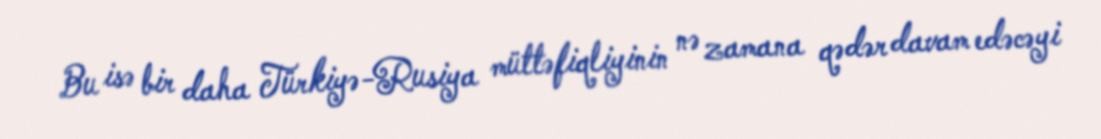
Bu isə bir daha Türkiyə-Rusiya müttəfiqliyinin nə zamana qədər davam edəcəyi